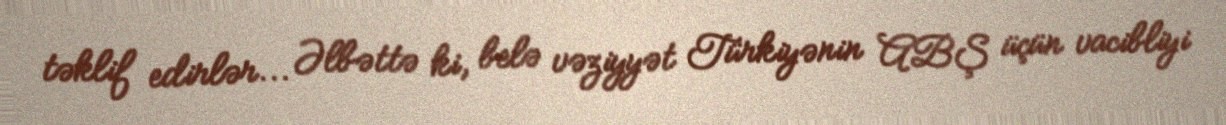
təklif edirlər... Əlbəttə ki, belə vəziyyət Türkiyənin ABŞ üçün vacibliyi